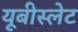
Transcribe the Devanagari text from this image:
यूबीस्लेट